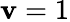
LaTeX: \mathbf{v}=1